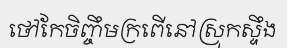
ថៅកែចិញ្ចឹមក្រពើនៅស្រុកស្ទឹង